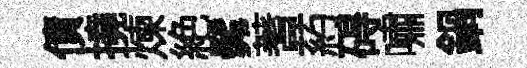
債撓煉絶髴蓍葯碍嘯鍋